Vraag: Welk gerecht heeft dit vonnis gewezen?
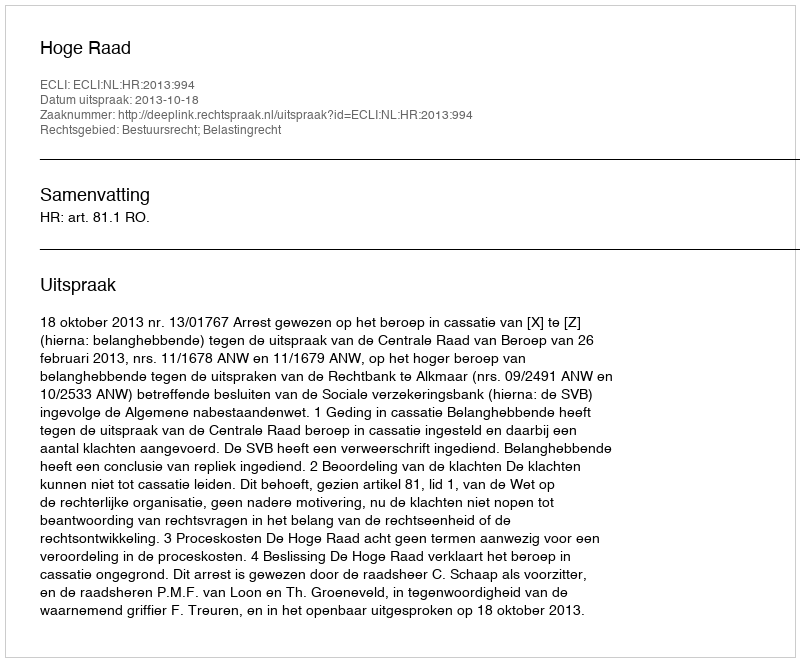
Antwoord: Hoge Raad